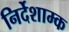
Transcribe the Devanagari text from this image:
निर्देशाम्क